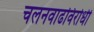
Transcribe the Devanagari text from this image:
चलनवाढविरोधी